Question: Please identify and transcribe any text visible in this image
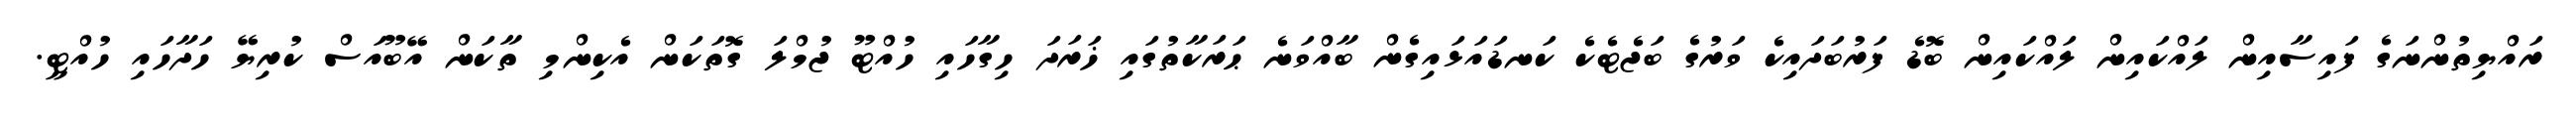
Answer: ރައްޔިތުންނަގެ ފައިސާއިން ލައްކައިން ލައްކައިން ބޮޑެ ފަރުބަދައިކެ ވަރުގެ ބަޖެޓެކެ ކަނޑައަޅައިގެން ބާއްވަނެ ޙަރަކާތުގައި ޚަރަދަ ހިގާހައި ހުއްޓޫ ޖުމްލަ ގޮތަކަން އެކިންމި ތާކަން އޭބޫއަސް ކުރިޔޭ ހަދާހައި ހުއްޓީ.